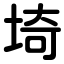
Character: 埼